Report on vaccination in Madras 1922-1929 - 1922-1929
Year: 1922
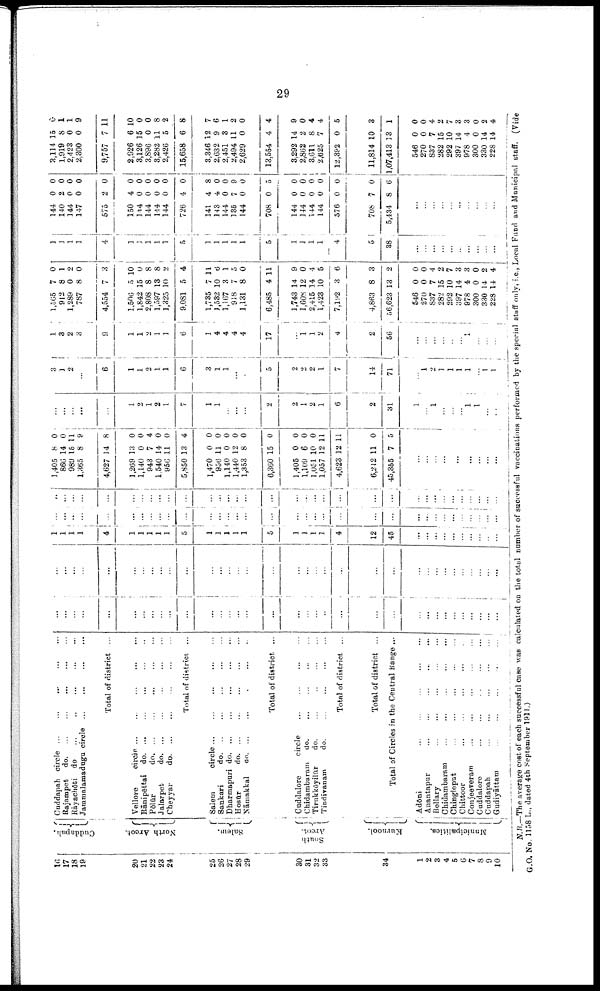
29
16
17
18
19
20
21
22
23
24
25
26
27
28
29
30
31
32
33
34
1
2
3
4
5
6
7
8
9
10
Cuddapah.
North Arcot.
Salem.
South
Arcot.
Kurnool.
Municipalities.
Cuddapah circle
...
...
...
...
...
Rajampet
do. ... ... ... ... ...
Rāyachōti do
...
...
...
...
...
Jammalamadugu circle
...
...
...
...
Total of district ...
Vellore
circle
...
...
...
...
...
Rānipēttai do. ...
...
...
...
...
Pōlūr
do
...
...
...
...
...
JaJarpet
do. ... ... ... ... ...
Cheyyar
do. ... ... ... ... ...
Total of district ...
Salem
circle
...
...
...
...
...
Sankari
do. ... ... ... ... ...
Dharmapuri
do.
...
...
...
...
...
Hosūr
do. ... ... ... ... ...
Nāmakkal
do. ... ... ... ...
Total of district. ...
Cuddalore
circle
...
...
...
...
Chidambaram
do. ... ... ... ...
Tirukkōyilūr
do.
...
...
...
...
Tinriivanam
do. ... ... ... ...
Total of district ...
Total of district ...
Total of Circles in the Central Range ...
Adōm ... ... ... ... ...
Anantapur ... ... ... ... ...
Bellary
...
...
...
...
...
Chidambaram ... ... ... ... ...
Chingleput
...
...
...
...
...
Chittoor
...
...
...
...
...
Conjeeveram
...
...
...
...
...
Cuddalore
...
...
...
...
...
Cuddapah
...
...
...
...
...
Gudiyāttam
...
...
...
...
...
...
...
...
...
...
...
...
...
...
...
...
...
...
...
...
...
...
...
...
...
...
...
...
...
...
...
...
...
...
...
...
...
...
...
...
...
...
...
...
...
...
...
...
...
...
...
...
...
...
...
...
...
...
...
...
...
...
...
...
...
...
...
...
...
...
...
...
...
1
1
1
1
4
1
1
1
1
1
5
1
1
1
1
1
5
1
1
1
1
4
12
45
...
...
...
...
...
...
...
...
...
...
...
...
...
...
...
...
...
...
...
...
...
...
...
...
...
...
...
...
...
...
...
...
...
...
...
...
...
...
...
...
...
...
...
...
...
...
...
...
...
...
...
...
...
...
...
...
...
...
...
...
...
...
...
...
...
...
...
...
...
...
...
...
...
...
...
...
...
...
1,405
866
989
1,365
4,627
1,269
1,140
943
1,540
956
5,850
1,470
956
1,140
1,440
1,353
6,360
1,405
1,109
1,051
1,057
4,623
6,242
45,355
8
14
15
8
14
13
0
7
14
11
13
0
11
0
12
8
15
0
6
10
12
12
11
7
0
0
11
9
8
0
0
4
0
0
4
0
0
0
0
0
0
0
0
0
11
11
0
5
...
...
...
...
...
...
...
...
...
...
...
...
...
...
...
...
2
1
2
1
7
1
1
...
...
...
2
2
1
2
1
6
2
31
1
...
1
...
...
...
1
1
...
...
3
1
2
...
6
1
1
2
1
1
6
3
1
1
...
...
5
2
2
2
1
7
14
71
...
1
2
1
1
1
1
...
1
1
1
3
2
3
9
1
1
2
1
1
6
1
1
4
4
4
4
17
...
1
1
2
4
2
56
...
...
...
...
...
...
1
...
...
...
1,565
912
1,289
787
4,554
1,506
1,842
2,808
1,597
1,325
9,081
1,735
1,532
1,167
918
1,131
6,485
1,743
1,608
2,415
1,423
7,192
4,863
56,623
546
270
837
282
292
397
978
300
330
228
7
8
0
8
7
5
15
8
13
10
5
7
10
3
7
8
4
14
12
14
10
3
8
13
0
0
7
15
10
14
4
0
14
14
0
1
2
0
3
10
0
8
8
2
4
11
6
1
0
0
11
9
0
4
5
6
3
2
0
0
4
2
7
3
3
0
2
4
1
1
1
1
4
1
1
1
1
1
5
1
1
1
1
1
5
1
1
1
1
4
5
38
...
...
...
...
...
...
...
...
...
...
144
140
144
147
575
150
144
144
144
144
726
141
143
144
135
144
708
144
144
144
144
576
708
5,434
0
2
0
0
2
4
0
0
0
0
4
4
4
0
7
0
0
0
0
0
0
0
7
8
0
0
0
0
0
0
0
0
0
0
0
8
0
0
9
0
5
0
0
0
0
0
0
6
...
...
...
...
...
...
...
...
...
...
3,114
1,919
2,423
2,300
9,757
2,926
3,126
3,896
3,282
2,426
15,658
3,346
2,632
2,451
2,494
2,629
13,554
3,292
2,862
3,611
2,625
12,392
11,814
1,07,413
546
270
837
282
292
397
978
300
330
228
15
8
0
0
7
6
15
0
11
5
6
12
9
3
11
0
4
14
2
8
7
0
10
13
0
0
7
15
10
14
4
0
14
14
0
1
1
9
11
10
0
0
8
2
8
7
6
1
2
0
4
9
0
4
4
5
3
1
0
0
4
2
7
3
3
0
2
4
N.B.—The average cost of each successful case was calculated on the total number of successful vaccinations performed by the special staff only, i.e., Local Fund and Municipal staff. (Vide
G.O. No. 1158 L., dated 4th September 1911.)